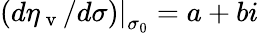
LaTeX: \left.(d\eta_{\mathrm{~v~}}/d\sigma)\right|_{\sigma_{0}}=a+bi